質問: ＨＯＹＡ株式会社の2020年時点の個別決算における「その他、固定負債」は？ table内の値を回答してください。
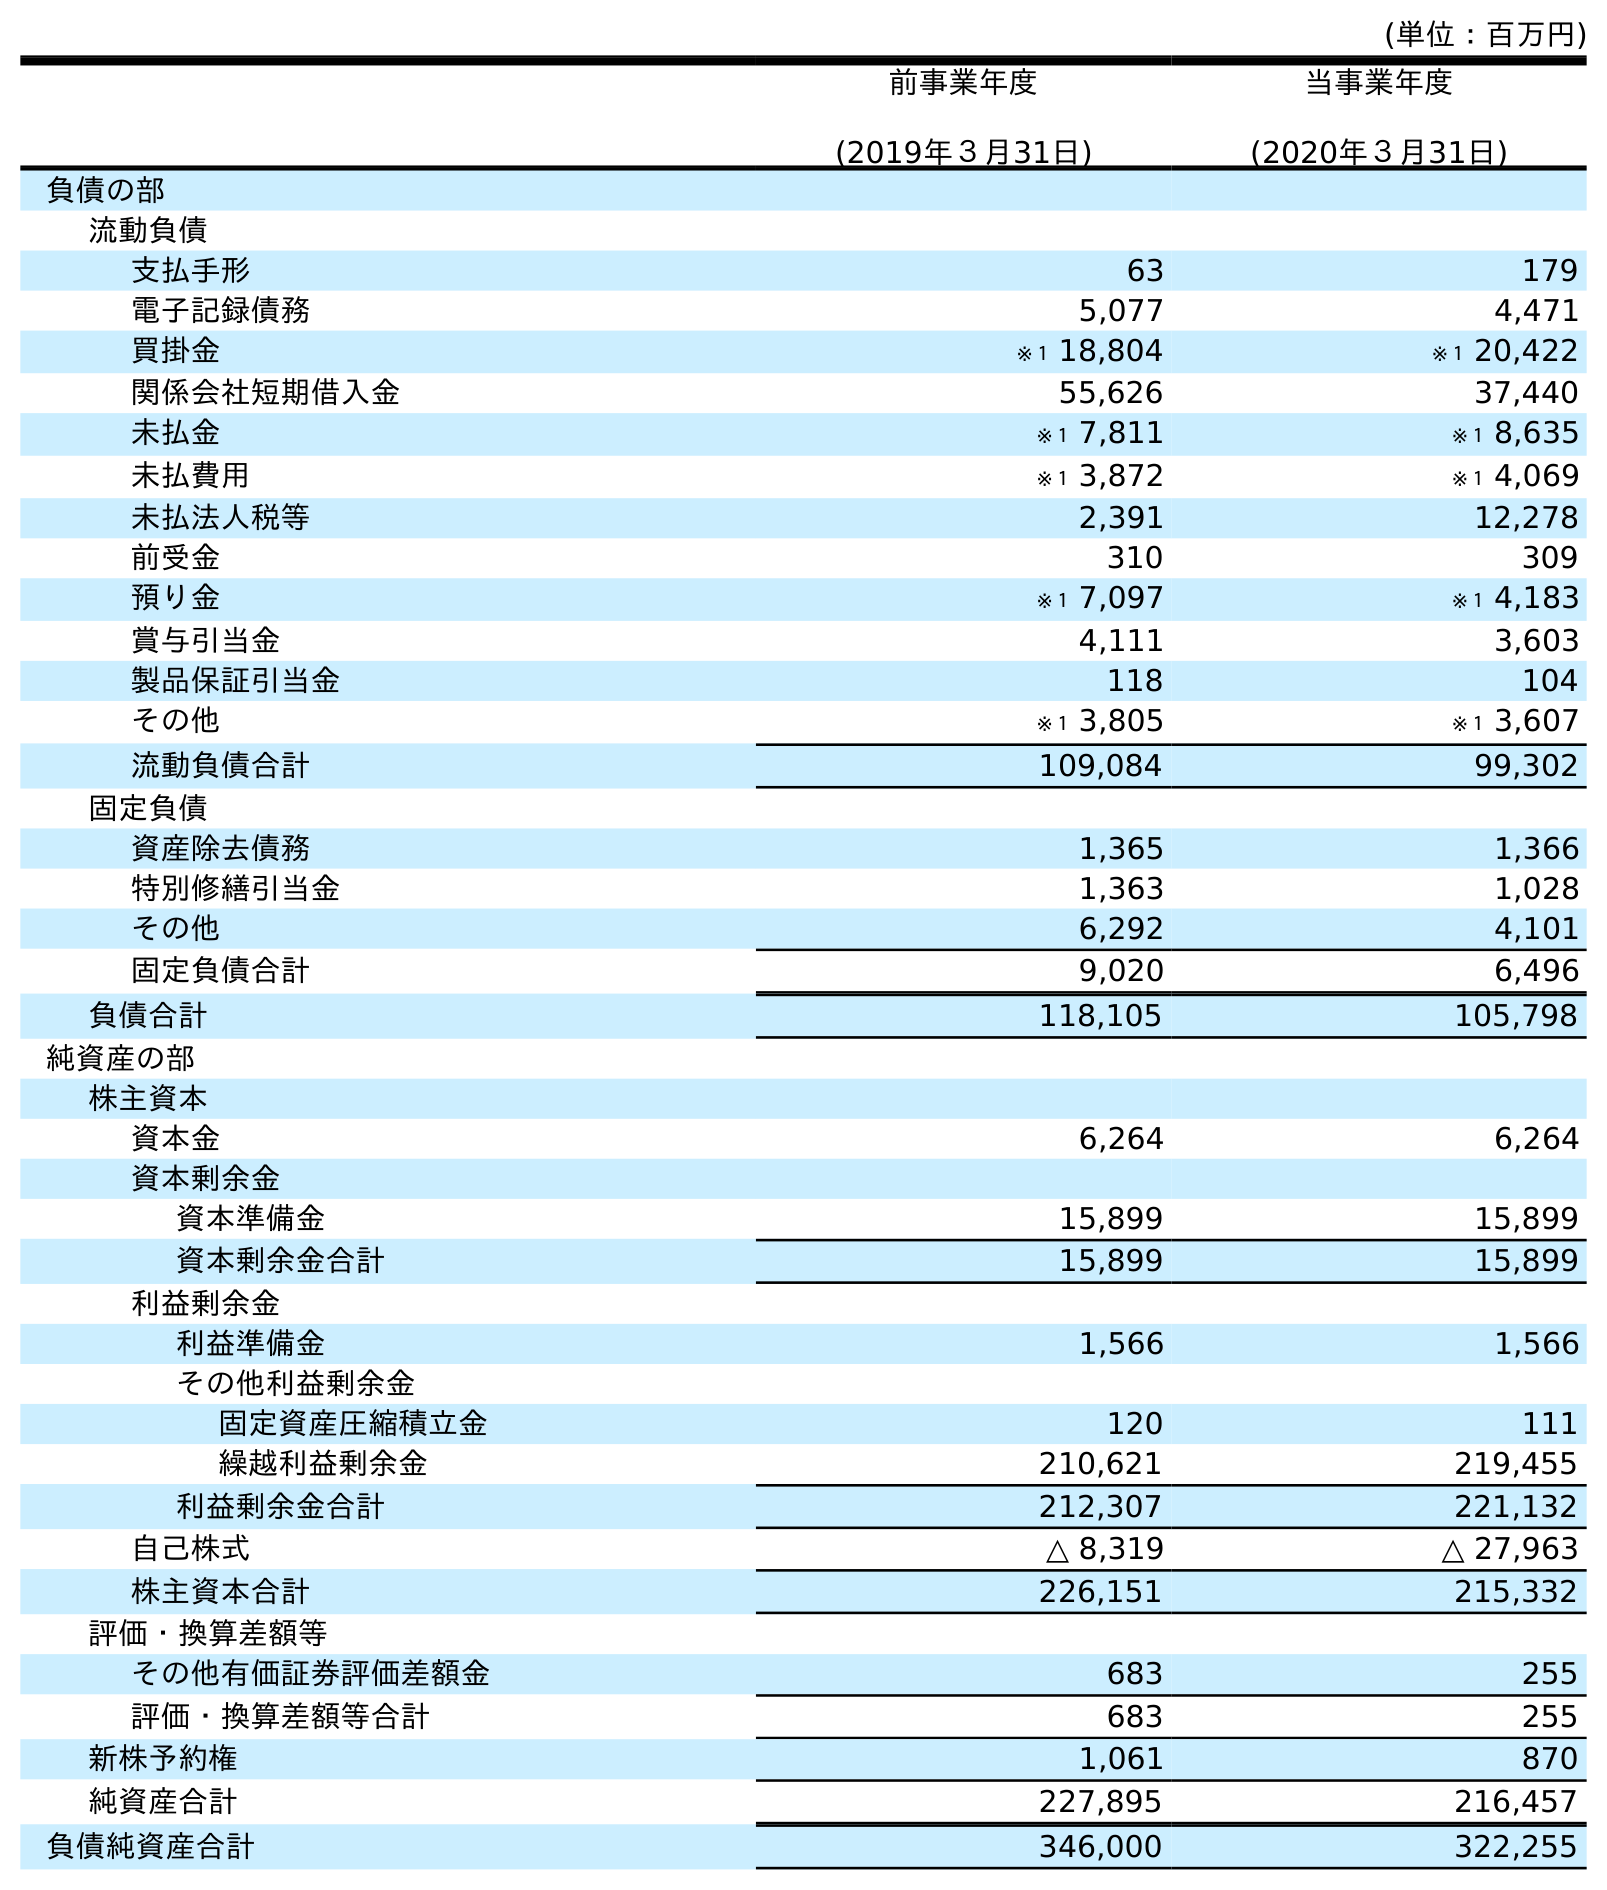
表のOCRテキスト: (単位：百万円) 前事業年度 (2019年３月31日) 当事業年度 (2020年３月31日) 負債の部 流動負債 支払手形 63 179 電子記録債務 5,077 4,471 買掛金 ※１ 18,804 ※１ 20,422 関係会社短期借入金 55,626 37,440 未払金 ※１ 7,811 ※１ 8,635 未払費用 ※１ 3,872 ※１ 4,069 未払法人税等 2,391 12,278 前受金 310 309 預り金 ※１ 7,097 ※１ 4,183 賞与引当金 4,111 3,603 製品保証引当金 118 104 その他 ※１ 3,805 ※１ 3,607 流動負債合計 109,084 99,302 固定負債 資産除去債務 1,365 1,366 特別修繕引当金 1,363 1,028 その他 6,292 4,101 固定負債合計 9,020 6,496 負債合計 118,105 105,798 純資産の部 株主資本 資本金 6,264 6,264 資本剰余金 資本準備金 15,899 15,899 資本剰余金合計 15,899 15,899 利益剰余金 利益準備金 1,566 1,566 その他利益剰余金 固定資産圧縮積立金 120 111 繰越利益剰余金 210,621 219,455 利益剰余金合計 212,307 221,132 自己株式 △ 8,319 △ 27,963 株主資本合計 226,151 215,332 評価・換算差額等 その他有価証券評価差額金 683 255 評価・換算差額等合計 683 255 新株予約権 1,061 870 純資産合計 227,895 216,457 負債純資産合計 346,000 322,255
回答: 4,101